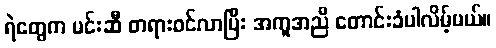
ရဲတွေက မင်းဆီ တရားဝင်လာပြီး အကူအညီ တောင်းခံပါလိမ့်မယ်။